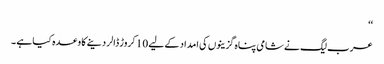
‘‘
عرب لیگ نے شامی پناہ گزینوں کی امداد کے لیے 10 کروڑ ڈالر دینے کا وعدہ کیا ہے ۔